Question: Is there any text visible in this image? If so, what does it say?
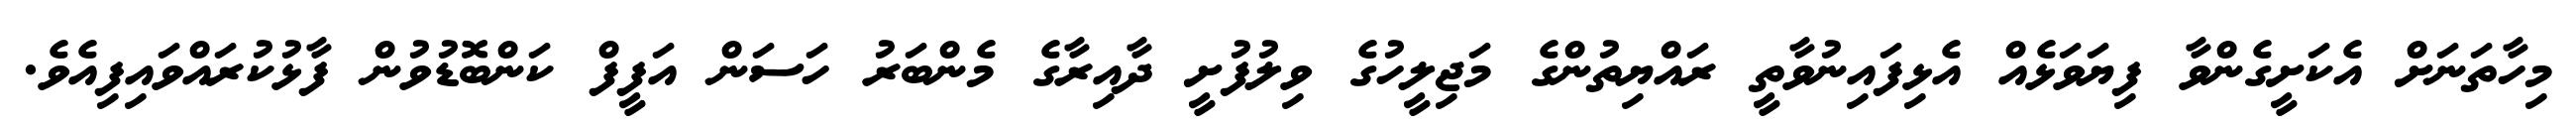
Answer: މިހާތަނަށް އެކަށީގެންވާ ފިޔަވަޅެއް އެޅިފައިނުވާތީ ރައްޔިތުންގެ މަޖިލީހުގެ ވިލުފުށީ ދާއިރާގެ މެންބަރު ހަސަން އަފީފް ކަންބޮޑުވުން ފާޅުކުރައްވައިފިއެވެ.